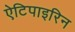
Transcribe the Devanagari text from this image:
ऐटिपाइरिन